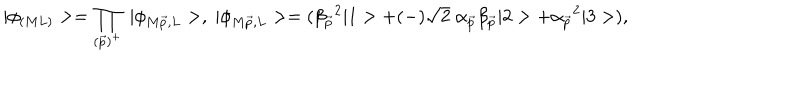
| \phi _ { ( M L ) } > = \prod _ { ( \vec { p } ) ^ { + } } \; | \phi _ { M \vec { p } , L } > , \; | \phi _ { M \vec { p } , L } > = ( \beta _ { \vec { p } } { } ^ { 2 } | 1 > + ( - ) \sqrt { 2 } \; \alpha _ { \vec { p } } \beta _ { \vec { p } } | 2 > + \alpha _ { \vec { p } } { } ^ { 2 } | 3 > ) ,